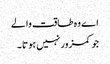
اے وہ طاقت والے
جو کمزور نہیں ہوتا ۔